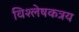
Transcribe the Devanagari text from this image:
विश्लेषकत्रय